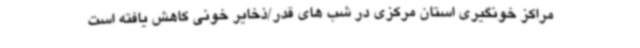
مراکز خونگیری استان مرکزی در شب های قدر/ذخایر خونی کاهش یافته است